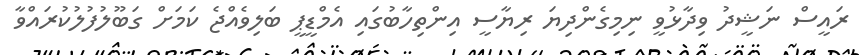
ރައީސް ނަޝީދު ވިދާޅުވީ ނިމިގެންދިޔަ ރިޔާސީ އިންތިހާބުގައި އެމްޑީޕީ ބަލިވެއްޖެ ކަމަށް ގަބޫލުފުލުކުރައްވާ